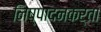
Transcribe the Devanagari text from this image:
निष्‍पादनकर्ता